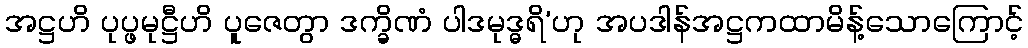
အဋ္ဌဟိ ပုပ္ဖမုဋ္ဌီဟိ ပူဇေတွာ ဒက္ခိဏံ ပါဒမုဒ္ဓရိ’ဟု အပဒါန်အဋ္ဌကထာမိန့်သောကြောင့်